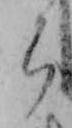
ら